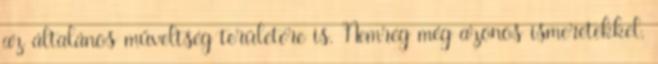
az általános műveltség területére is. Nemrég még azonos ismeretekkel,